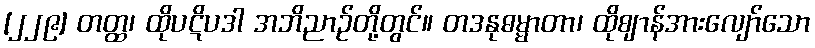
[၂၂၉] တတ္ထ၊ ထိုပဋိပဒါ အဘိညာဉ်တို့တွင်။ တဒနုဓမ္မာတာ၊ ထိုဈာန်အားလျော်သော